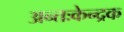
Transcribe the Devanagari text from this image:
अन्तःकेन्द्रक